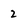
Character: 2